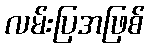
လမ်းပြအဖြစ်